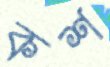
কশ